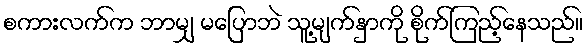
စကားလက်က ဘာမျှ မပြောဘဲ သူ့မျက်နှာကို စိုက်ကြည့်နေသည်။